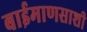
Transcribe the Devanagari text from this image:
बाईमाणसाशी